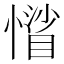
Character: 𢡾